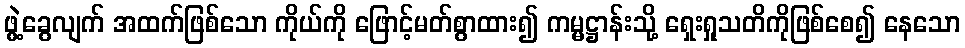
ဖွဲ့ခွေလျက် အထက်ဖြစ်သော ကိုယ်ကို ဖြောင့်မတ်စွာထား၍ ကမ္မဋ္ဌာန်းသို့ ရှေးရှုသတိကိုဖြစ်စေ၍ နေသော